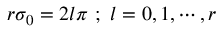
r \sigma _ { 0 } = 2 l \pi ~ ; ~ l = 0 , 1 , \cdots , r